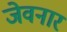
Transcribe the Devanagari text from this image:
जेवनार